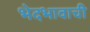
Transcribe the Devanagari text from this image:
भेदभावाची